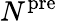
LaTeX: N^{\mathrm{pre}}